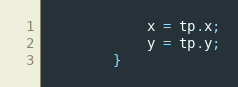
Language: JavaScript
			x = tp.x;
			y = tp.y;
		}